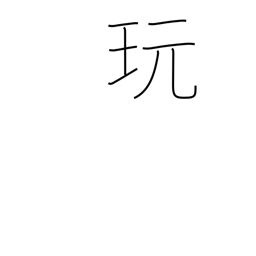
Meaning: play